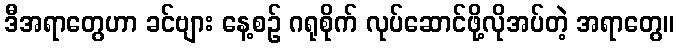
ဒီအရာတွေဟာ ခင်ဗျား နေ့စဉ် ဂရုစိုက် လုပ်ဆောင်ဖို့လိုအပ်တဲ့ အရာတွေ။